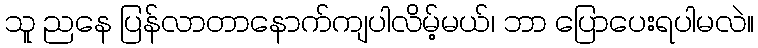
သူ ညနေ ပြန်လာတာနောက်ကျပါလိမ့်မယ်၊ ဘာ ပြောပေးရပါမလဲ။